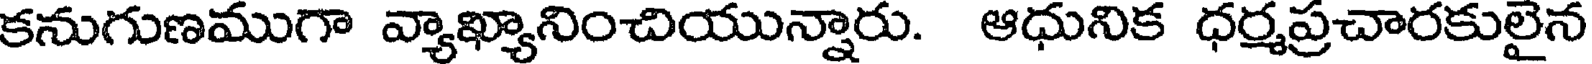
కనుగుణముగా వ్యాఖ్యానించియున్నారు. ఆధునిక ధర్మప్రచారకులైన